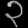
Digit: ၃